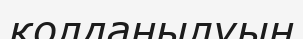
қолданылуын